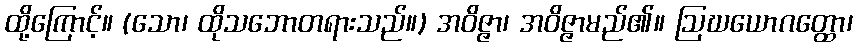
ထို့ကြောင့်။ (သော၊ ထိုသဘောတရားသည်။) အဝိဇ္ဇာ၊ အဝိဇ္ဇာမည်၏။ ဩဃယောဂတ္ထော၊